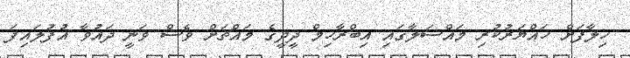
ހިލާފަށް ހައްޔަރުކުރި މައްސަލާގައި އިބްރާހިމް ދީދީގެ މައްޗަށް ވެސް ވަނީ ދައުވާ އުފުލައިފަ